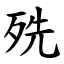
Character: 㱡